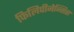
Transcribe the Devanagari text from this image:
फिलिपीनेन्सिस